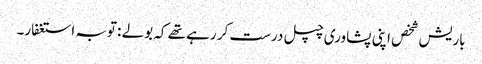
باریش شخص اپنی پشاوری چپل درست کر رہے تھے کہ بولے : توبہ استغفار۔